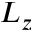
L _ { z }